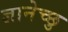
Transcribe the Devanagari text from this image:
ज्ञानेच्छु